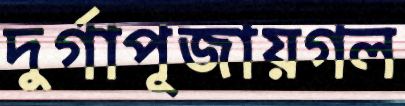
দুর্গাপূজায়গল